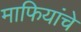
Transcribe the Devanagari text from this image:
माफियांचे